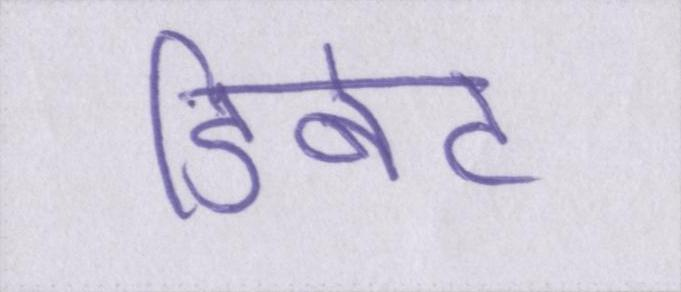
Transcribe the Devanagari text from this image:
डिबेट